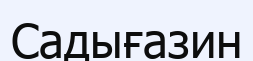
Садығазин